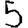
Digit: 5